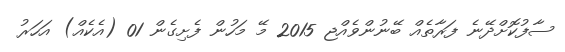
ސާފުކޮށްދޭނެ ފަރާތެއް ބޭނުންވެއްޖ 2015 މޭ މަހުން ފެށިގެން 01 (އެކެއް) އަހަރު